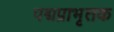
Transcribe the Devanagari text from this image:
पद्मप्राभृतक